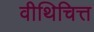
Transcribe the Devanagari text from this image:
वीथिचित्त